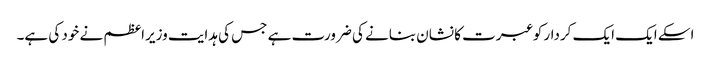
اسکے ایک ایک کردار کو عبرت کا نشان بنانے کی ضرورت ہے جس کی ہدایت وزیراعظم نے خود کی ہے۔